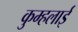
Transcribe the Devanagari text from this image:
कुम्हलाई